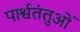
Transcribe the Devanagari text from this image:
पार्श्वतंतुओं